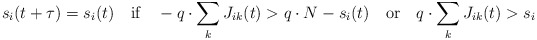
\begin{align*}s_i(t+\tau)=s_i(t)\quad\mbox{if}\quad -q\cdot\sum_k J_{ik}(t)>q\cdot N-s_i(t)\quad\mbox{or}\quad q\cdot\sum_kJ_{ik}(t)>s_i\end{align*}